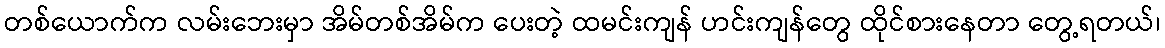
တစ်ယောက်က လမ်းဘေးမှာ အိမ်တစ်အိမ်က ပေးတဲ့ ထမင်းကျန် ဟင်းကျန်တွေ ထိုင်စားနေတာ တွေ့ရတယ်၊